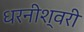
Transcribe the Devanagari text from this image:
धरनीश्वरी